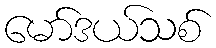
မော်ဒယ်သစ်